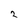
Character: 2